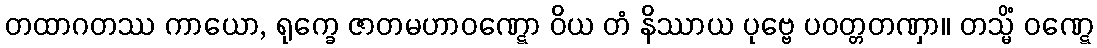
တထာဂတဿ ကာယော, ရုက္ခေ ဇာတမဟာဝဏ္ဋော ဝိယ တံ နိဿာယ ပုဗ္ဗေ ပဝတ္တတဏှာ။ တသ္မိံ ဝဏ္ဋေ